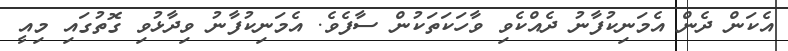
އެކަން ދެން އެމަނިކުފާނު ދެއްކެވި ވާހަކަތަކުން ސާފެވެ. އެމަނިކުފާނު ވިދާޅުވި ގޮތުގައި މިއީ